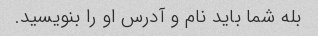
بله شما باید نام و آدرس او را بنویسید.